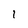
Character: 1